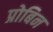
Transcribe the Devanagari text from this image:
प्रोबिन